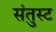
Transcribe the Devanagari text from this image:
संतुस्ट